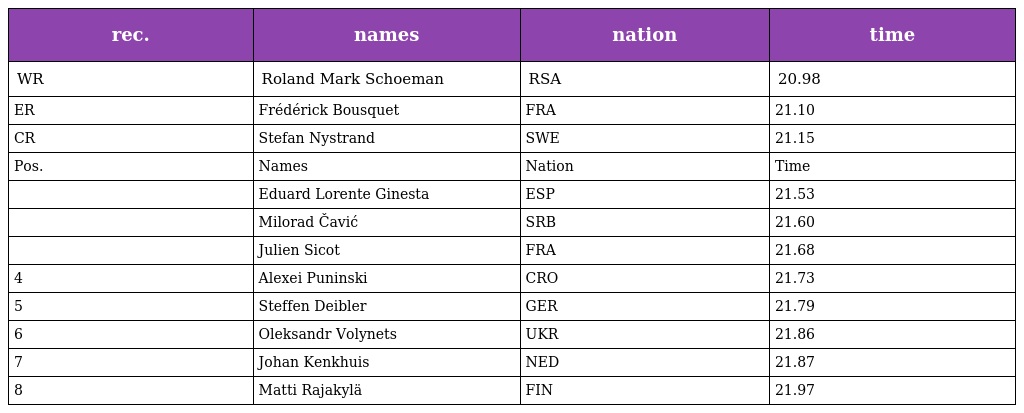
| rec. | names | nation | time |
 | --- | --- | --- | --- |
 | WR | Roland Mark Schoeman | RSA | 20.98 |
 | ER | Frédérick Bousquet | FRA | 21.10 |
 | CR | Stefan Nystrand | SWE | 21.15 |
 | Pos. | Names | Nation | Time |
 |  | Eduard Lorente Ginesta | ESP | 21.53 |
 |  | Milorad Čavić | SRB | 21.60 |
 |  | Julien Sicot | FRA | 21.68 |
 | 4 | Alexei Puninski | CRO | 21.73 |
 | 5 | Steffen Deibler | GER | 21.79 |
 | 6 | Oleksandr Volynets | UKR | 21.86 |
 | 7 | Johan Kenkhuis | NED | 21.87 |
 | 8 | Matti Rajakylä | FIN | 21.97 |